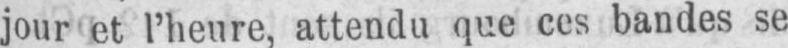
jour et l’heure, attendu que ces bandes se